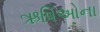
ઋષિઓના